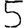
Digit: 5